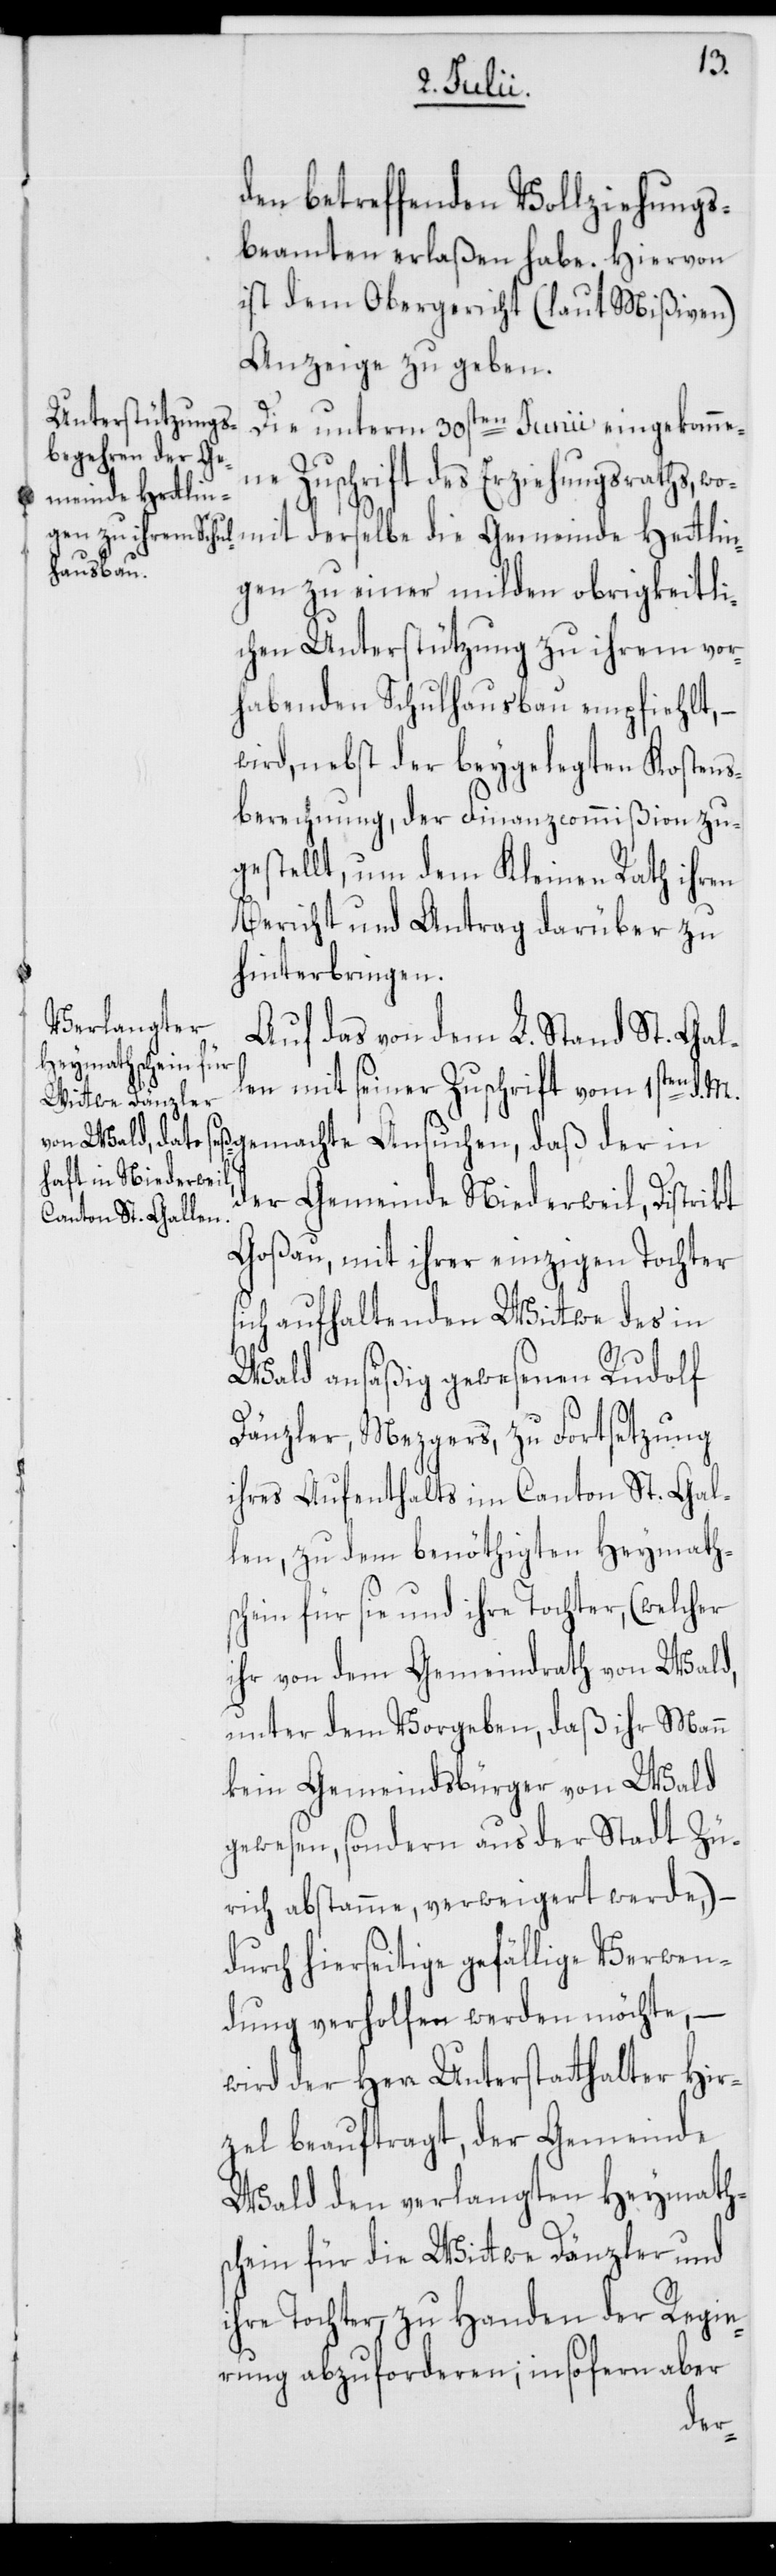
den betreffenden Vollziehungs¬
beamten erlaßen habe. Hiervon
ist dem Obergericht (laut Mißiven)
Anzeige zu geben.
Die unterm 30sten Junii eingekomme¬
ne Zuschrift des Erziehungsraths, wo¬
mit derselbe die Gemeinde Hettlin¬
gen zu einer milden obrigkeitli¬
chen Unterstützung zu ihrem vor¬
habenden Schulhausbau empfiehlt,
wird, nebst der beygelegten Kostens¬
berechnung, der Finanzcommißion zu¬
gestellt, um dem Kleinen Rath ihren
Bericht und Antrag darüber zu
hinterbringen.
Auf das von dem L. Stand St. Gal¬
len mit seiner Zuschrift vom 1sten d.
gemachte Ansuchen, daß der in
der Gemeinde Niederweil, Distrikt
Goßau, mit ihrer einzigen Tochter
sich aufhaltenden Wittwe des in
Wald ansäßig gewesenen Rudolf
Dänzler, Mezgers, zu Fortsetzung
ihres Aufenthalts im Canton St. Gal¬
len, zu dem benöthigten Heymath¬
schein für sie und ihre Tochter, (welcher
ihr von dem Gemeindrath von Wald,
unter dem Vorgeben, daß ihr Mann
kein Gemeindsbürger von Wald
gewesen, sondern aus der Stadt Zü¬
rich abstamme, verweigert werde,)
durch hierseitige gefällige Verwen¬
dung verholfen werden möchte, –
wird der Herr Unterstatthalter Hir¬
zel beauftragt, der Gemeinde
Wald den verlangten Heymath¬
schein für die Wittwe Dänzler und
ihre Tochter, zu Handen der Regie¬
rung abzuforderen, insofern aber